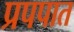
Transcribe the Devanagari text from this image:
प्रपपात